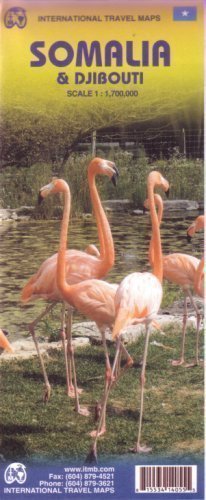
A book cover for Somalia/Djibouti: ITM.670 (International Travel Maps) 2nd (second) Revised Edition published by ITMB Publishing (2008); Travel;